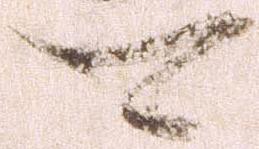
可